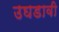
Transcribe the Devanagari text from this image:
उघडावी